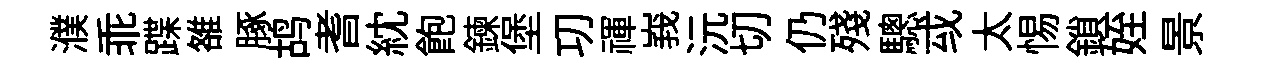
濮乖蹀雒䐁鸪耆紞飽鍊堡㓛禈峩沅切仍殘驄㦯太惕鎖姪景